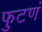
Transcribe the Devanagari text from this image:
फुटणं